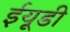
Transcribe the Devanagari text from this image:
ईयूडी